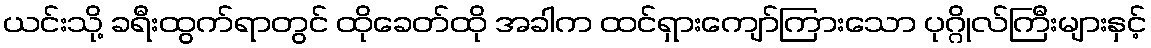
ယင်းသို့ ခရီးထွက်ရာတွင် ထိုခေတ်ထို အခါက ထင်ရှားကျော်ကြားသော ပုဂ္ဂိုလ်ကြီးများနှင့်